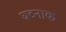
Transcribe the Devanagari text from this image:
घटनाक